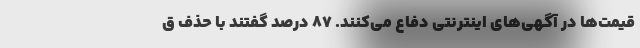
قیمت‌ها در آگهی‌های اینترنتی دفاع می‌کنند. ۸۷ درصد گفتند با حذف ق